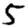
Digit: 5